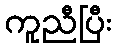
ကူညီပြီး